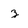
Character: z